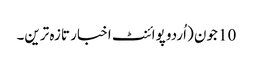
10 جون (اُردو پوائنٹ اخبار تازہ ترین۔